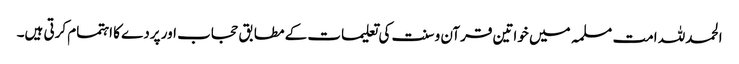
الحمدللہ امت مسلمہ میں خواتین قرآن و سنت کی تعلیمات کے مطابق حجاب اور پردے کا اہتمام کرتی ہیں۔